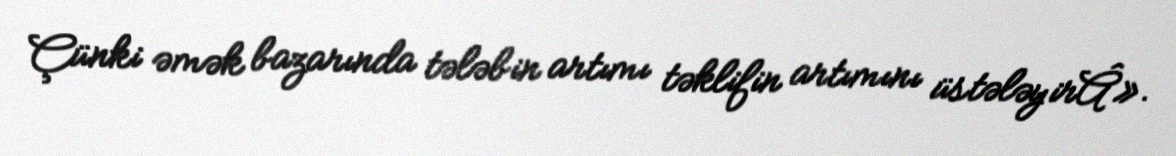
Çünki əmək bazarında tələbin artımı təklifin artımını üstələyirÂ».